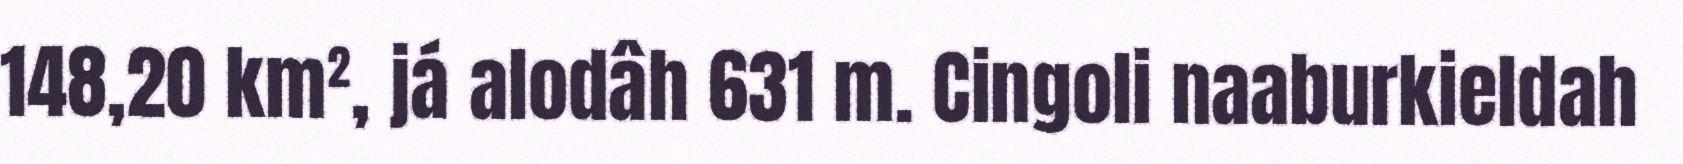
148,20 km², já alodâh 631 m. Cingoli naaburkieldah